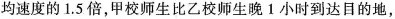
均速度的1.5倍，甲校师生比乙校师生晚1小时到达目的地，